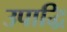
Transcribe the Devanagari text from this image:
उपाद्धि